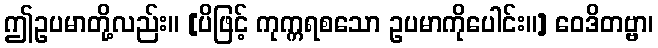
ဤဥပမာတို့လည်း။ [ပိဖြင့် ကုက္ကရစသော ဥပမာကိုပေါင်း။] ဝေဒိတဗ္ဗာ၊